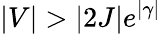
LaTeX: |V|>|2J|e^{|\gamma|}